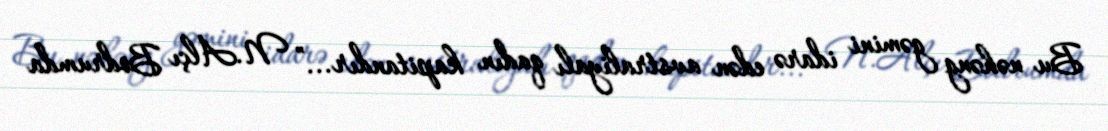
Bu nəhəng gəmini idarə edən avstraliyalı qadın kapitandır...” N.Alçı Bodrumda